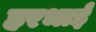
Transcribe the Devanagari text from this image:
हरभाई